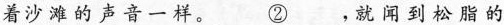
着沙滩的声音一样。\underline{②}，就闻到松脂的